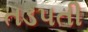
તડપતી